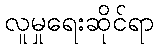
လူမှုရေးဆိုင်ရာ